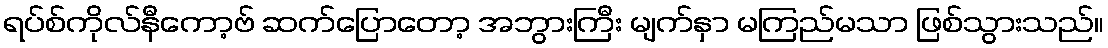
ရပ်စ်ကိုလ်နီကော့ဗ် ဆက်ပြောတော့ အဘွားကြီး မျက်နှာ မကြည်မသာ ဖြစ်သွားသည်။